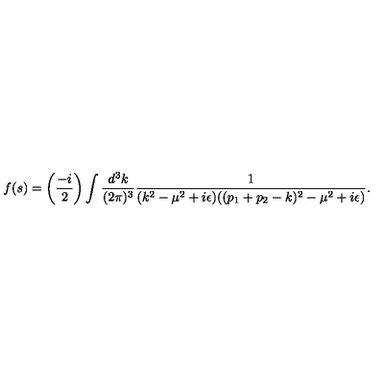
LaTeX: f ( s ) = \biggl ( { \frac { - i } { 2 } } \biggr ) \int { \frac { d ^ { 3 } k } { ( 2 \pi ) ^ { 3 } } } { \frac { 1 } { ( k ^ { 2 } - \mu ^ { 2 } + i \epsilon ) ( ( p _ { 1 } + p _ { 2 } - k ) ^ { 2 } - \mu ^ { 2 } + i \epsilon ) } } .